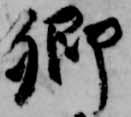
卿